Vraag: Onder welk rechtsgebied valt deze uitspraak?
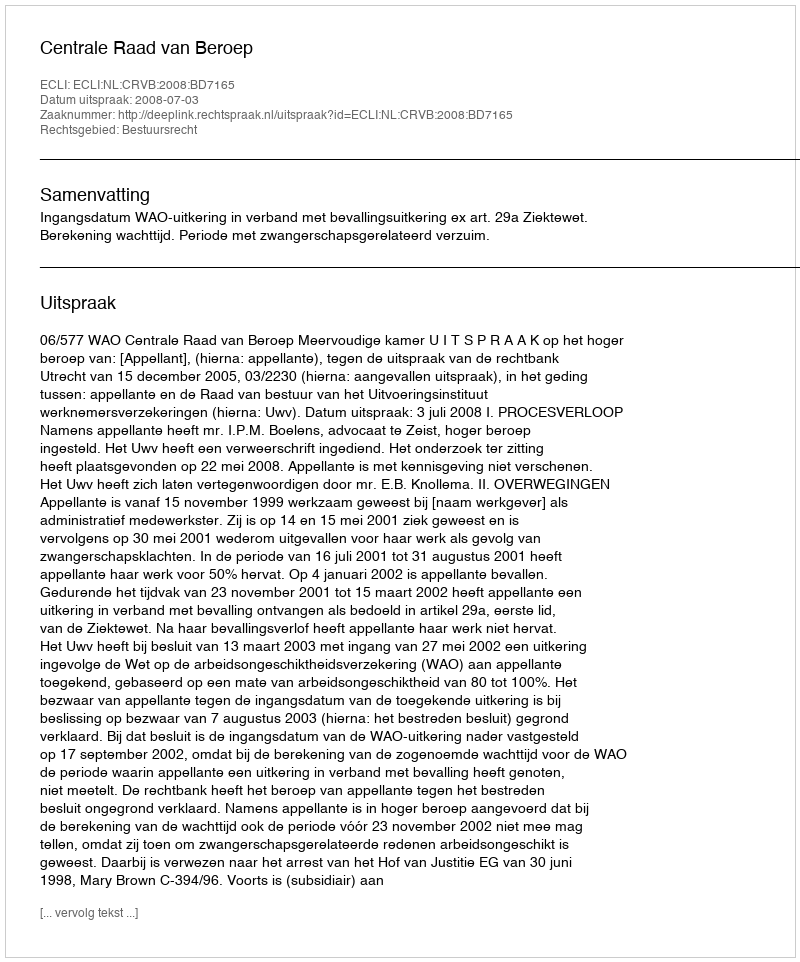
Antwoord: Bestuursrecht